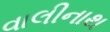
વાલીનાથ